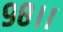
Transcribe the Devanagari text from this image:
९८।।